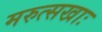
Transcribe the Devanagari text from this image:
मरुत्सखाः